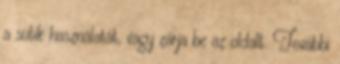
a sütik használatát, vagy zárja be az oldalt. További